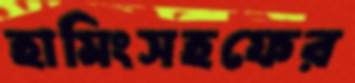
হামিংসহফের